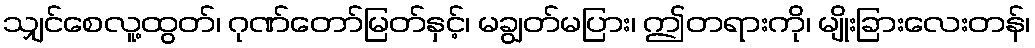
သျှင်စေလူ့ထွတ်၊ ဂုဏ်တော်မြတ်နှင့်၊ မချွတ်မပြား၊ ဤတရားကို၊ မျိုးခြားလေးတန်၊